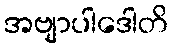
အဗျာပါဒေါတိ